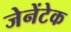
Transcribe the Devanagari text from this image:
जेनेंटेक